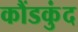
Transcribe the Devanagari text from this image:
कौंडकुंद